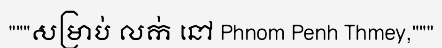
"""សម្រាប់ លក់ នៅ Phnom Penh Thmey,"""